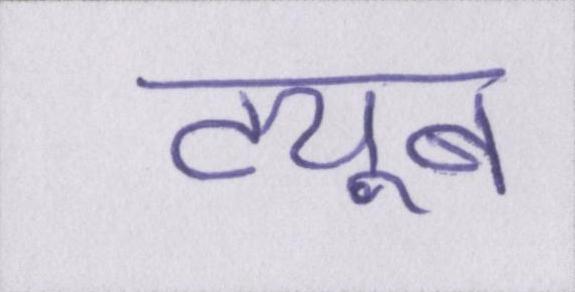
ट्यूब